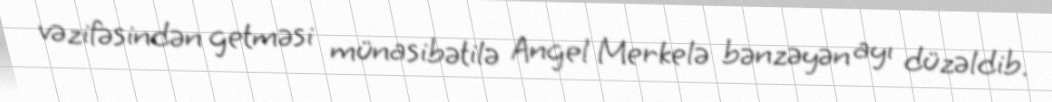
vəzifəsindən getməsi münasibətilə Angel Merkelə bənzəyən ayı düzəldib.